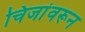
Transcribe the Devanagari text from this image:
चिजांवरून